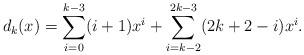
LaTeX: \begin{align*}d_k(x)=\sum_{i=0}^{k-3} (i+1)x^i +\sum_{i=k-2}^{2k-3} (2k+2-i)x^i.\end{align*}